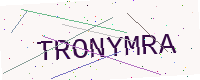
Text: TRONYMRA